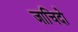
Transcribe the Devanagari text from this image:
जाचिदो